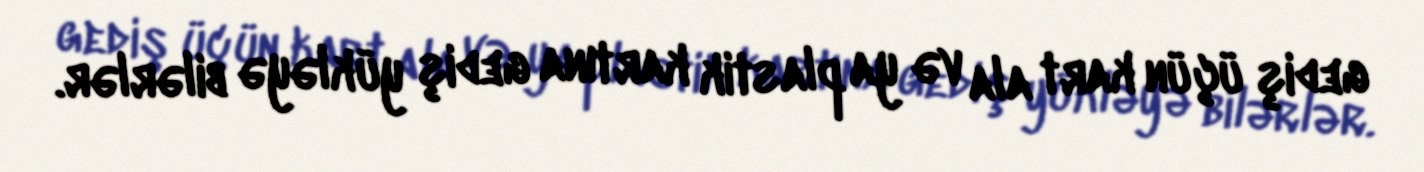
gediş üçün kart ala və ya plastik kartına gediş yükləyə bilərlər.